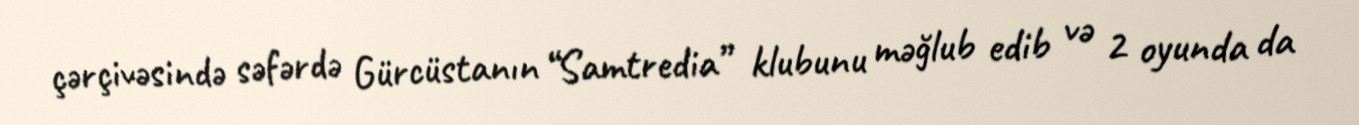
çərçivəsində səfərdə Gürcüstanın “Samtredia” klubunu məğlub edib və 2 oyunda da